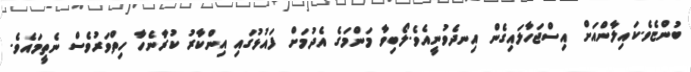
ބުންޏެވެ.ކައިލާންއަށް އިސްޖަހާލައިގެން އިނދެވުނީއެވެ.ލޯބިވާ މަންމަގެ އެދުމަށް ފައުޅުގައި އިންކާރު ކުރާނެހާ ހިތްވަރުވެސް ނެތީމައެވެ.